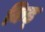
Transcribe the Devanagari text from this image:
किड्